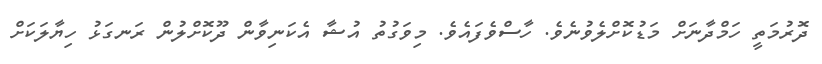
ދޮރުމަތީ ހަމްދާނަށް މަޑުކޮށްލެވުނެވެ. ހާސްވެފައެވެ. މިވަގުތު އުޝާ އެކަނިވާން ދޫކޮށްލުން ރަނގަޅު ހިޔާލަކަށް